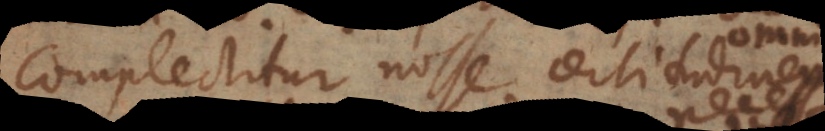
complectitur nosse certitudinem